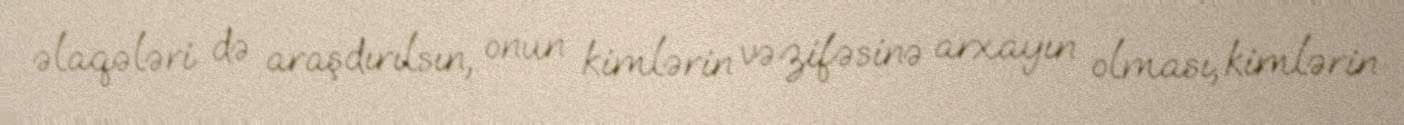
əlaqələri də araşdırılsın, onun kimlərin vəzifəsinə arxayın olması, kimlərin